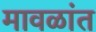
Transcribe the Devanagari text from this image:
मावळांत